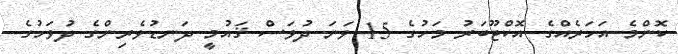
ކޮންމެ އަހަރެއްގެ އޮކްޓޫބަރު މަހުގެ 15 ވަނަ ދުވަސް ޤައުމީ ދަނޑުވެރިންގެ ދުވަހުގެ